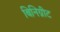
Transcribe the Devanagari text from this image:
बिनिग्नीट